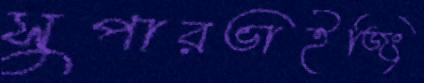
সুপারভাইজিং